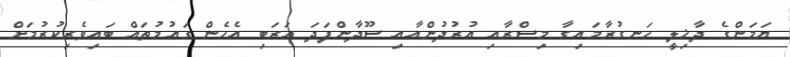
ޔަމަންގެ ދާޚިލީ ހަނގުރާމައިގާ މިސްރާއި އުރުދުންއާއި ސޫދާންފަދަ އަރަބި އެހެން ގައުމުތައް ބައިވެރިކުރުމަށް